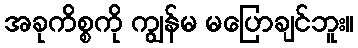
အခုကိစ္စကို ကျွန်မ မပြောချင်ဘူး။